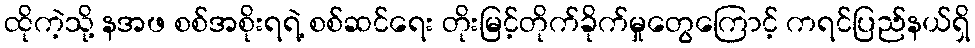
ထိုကဲ့သို့ နအဖ စစ်အစိုးရရဲ့ စစ်ဆင်ရေး တိုးမြင့်တိုက်ခိုက်မှုတွေကြောင့် ကရင်ပြည်နယ်ရှိ